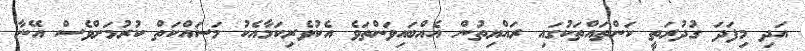
އަދި މިފަދަ ގުދުރަތީ ކަންތައްތަކުގައި ރައްޔިތުން އެއްބައިވަންތަވެ އެކުވެރިކަމާއެކު މަސައްކަތް ކުރުމަށްވެސް އޭނާ